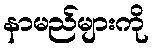
နာမည်များကို